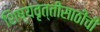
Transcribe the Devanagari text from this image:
शिष्यवृत्तीसाठीची